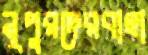
নূপুরদেরবাহা